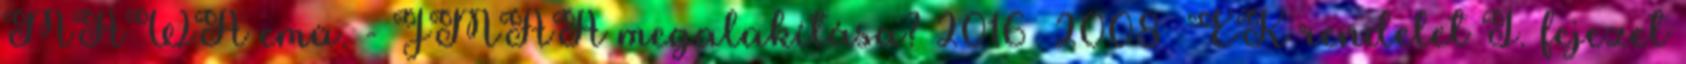
MAWA emü. - JMAA megalakítása? 2016 2008 EK rendelet I. fejezet